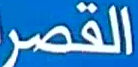
القصر